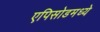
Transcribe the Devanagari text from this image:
एपिसोडमध्ये